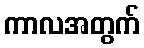
ကာလအတွက်